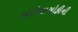
એરિયાસોફીની